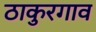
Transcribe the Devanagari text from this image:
ठाकुरगाव